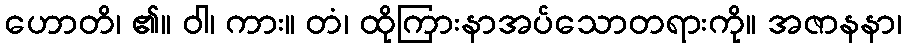
ဟောတိ၊ ၏။ ဝါ၊ ကား။ တံ၊ ထိုကြားနာအပ်သောတရားကို။ အဇာနနာ၊